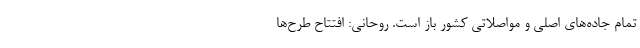
تمام جاده‌های اصلی و مواصلاتی کشور باز است. روحانی: افتتاح‌ طرح‌ها